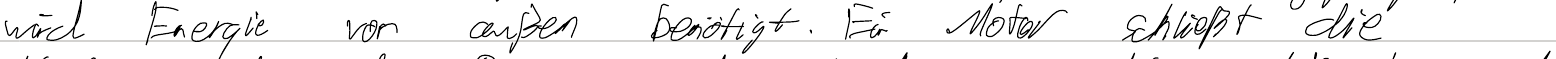
wird Energie von außen benötigt. Ein Motor schließt die